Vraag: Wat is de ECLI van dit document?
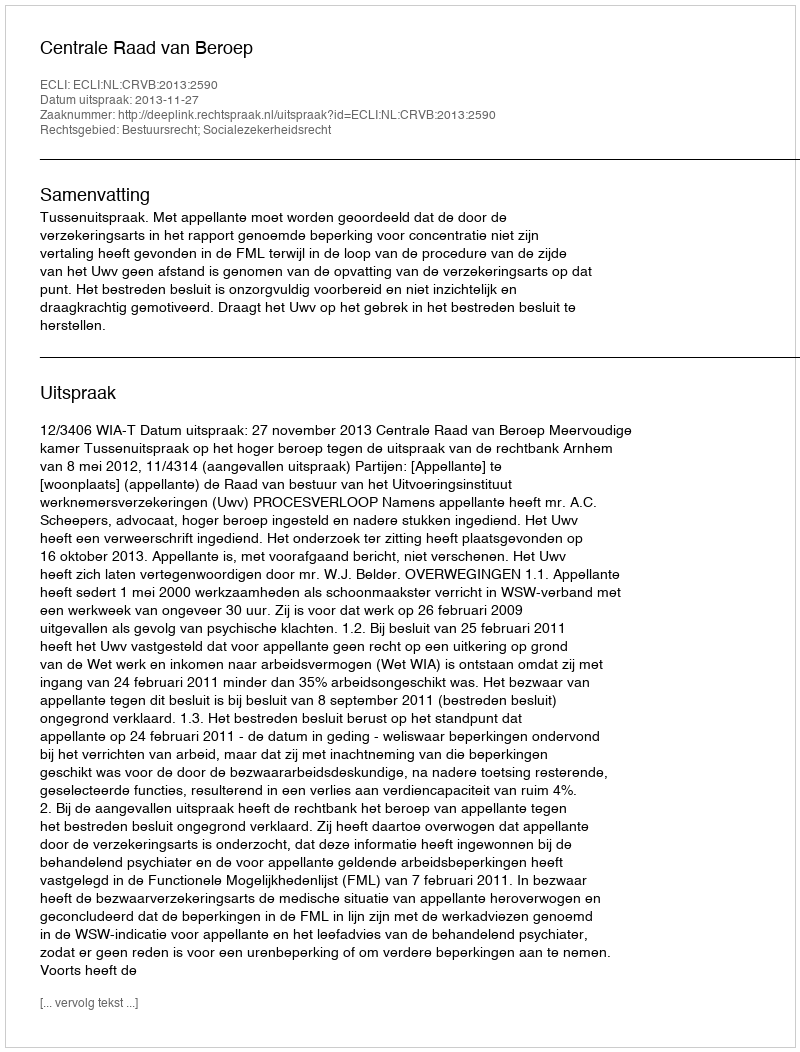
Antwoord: ECLI:NL:CRVB:2013:2590